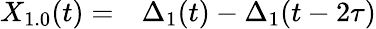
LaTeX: \begin{array}{rl}{X_{1.0}(t)=}&{{}\Delta_{1}(t)-\Delta_{1}(t-2\tau)}\end{array}